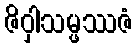
ဇိဝှါသမ္ဖဿဇံ